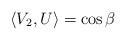
LaTeX: \begin{align*}\langle V_2 ,U\rangle = \cos \beta\end{align*}